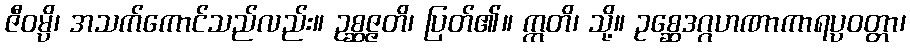
ဇီဝမ္ပိ၊ အသက်ကောင်သည်လည်း။ ဥစ္ဆဇ္ဇတိ၊ ပြတ်၏။ ဣတိ၊ သို့။ ဥစ္ဆေဒဂ္ဂဟဏာကာရပ္ပဝတ္တာ၊